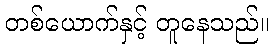
တစ်ယောက်နှင့် တူနေသည်။